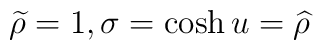
\widetilde{\rho }=1,\sigma =\cosh u=\widehat{\rho }